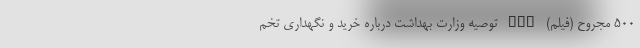
۵۰۰ مجروح (فیلم) nan توصیه وزارت بهداشت درباره خرید و نگهداری تخم